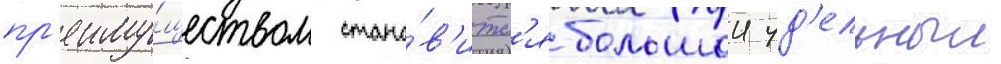
пр'еиму́ществом стано́в'итс'я большои уд'ельныи